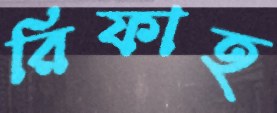
রিফাহ